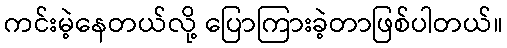
ကင်းမဲ့နေတယ်လို့ ပြောကြားခဲ့တာဖြစ်ပါတယ်။